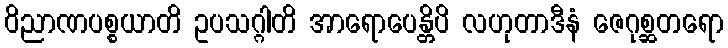
ဝိညာဏပစ္စယာတိ ဥပသဂ္ဂါတိ အာရောပေန္တိပိ လဟုတာဒီနံ ဇေဂုစ္ဆတရော